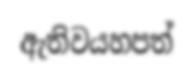
ඇතිවයහපත්